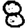
Digit: 8